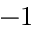
- 1